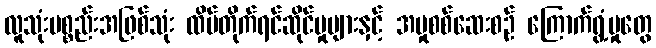
လူသုံးပစ္စည်းအဖြစ်သုံး ထိပ်တိုက်ရင်ဆိုင်မှုများနှင့် အမှုစစ်ဆေးစဉ် ကြောက်ရွံ့မှုတွေ